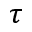
\tau